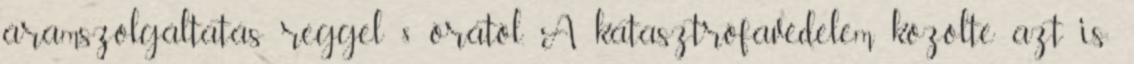
áramszolgáltatás reggel 8 órától. A katasztrófavédelem közölte azt is: